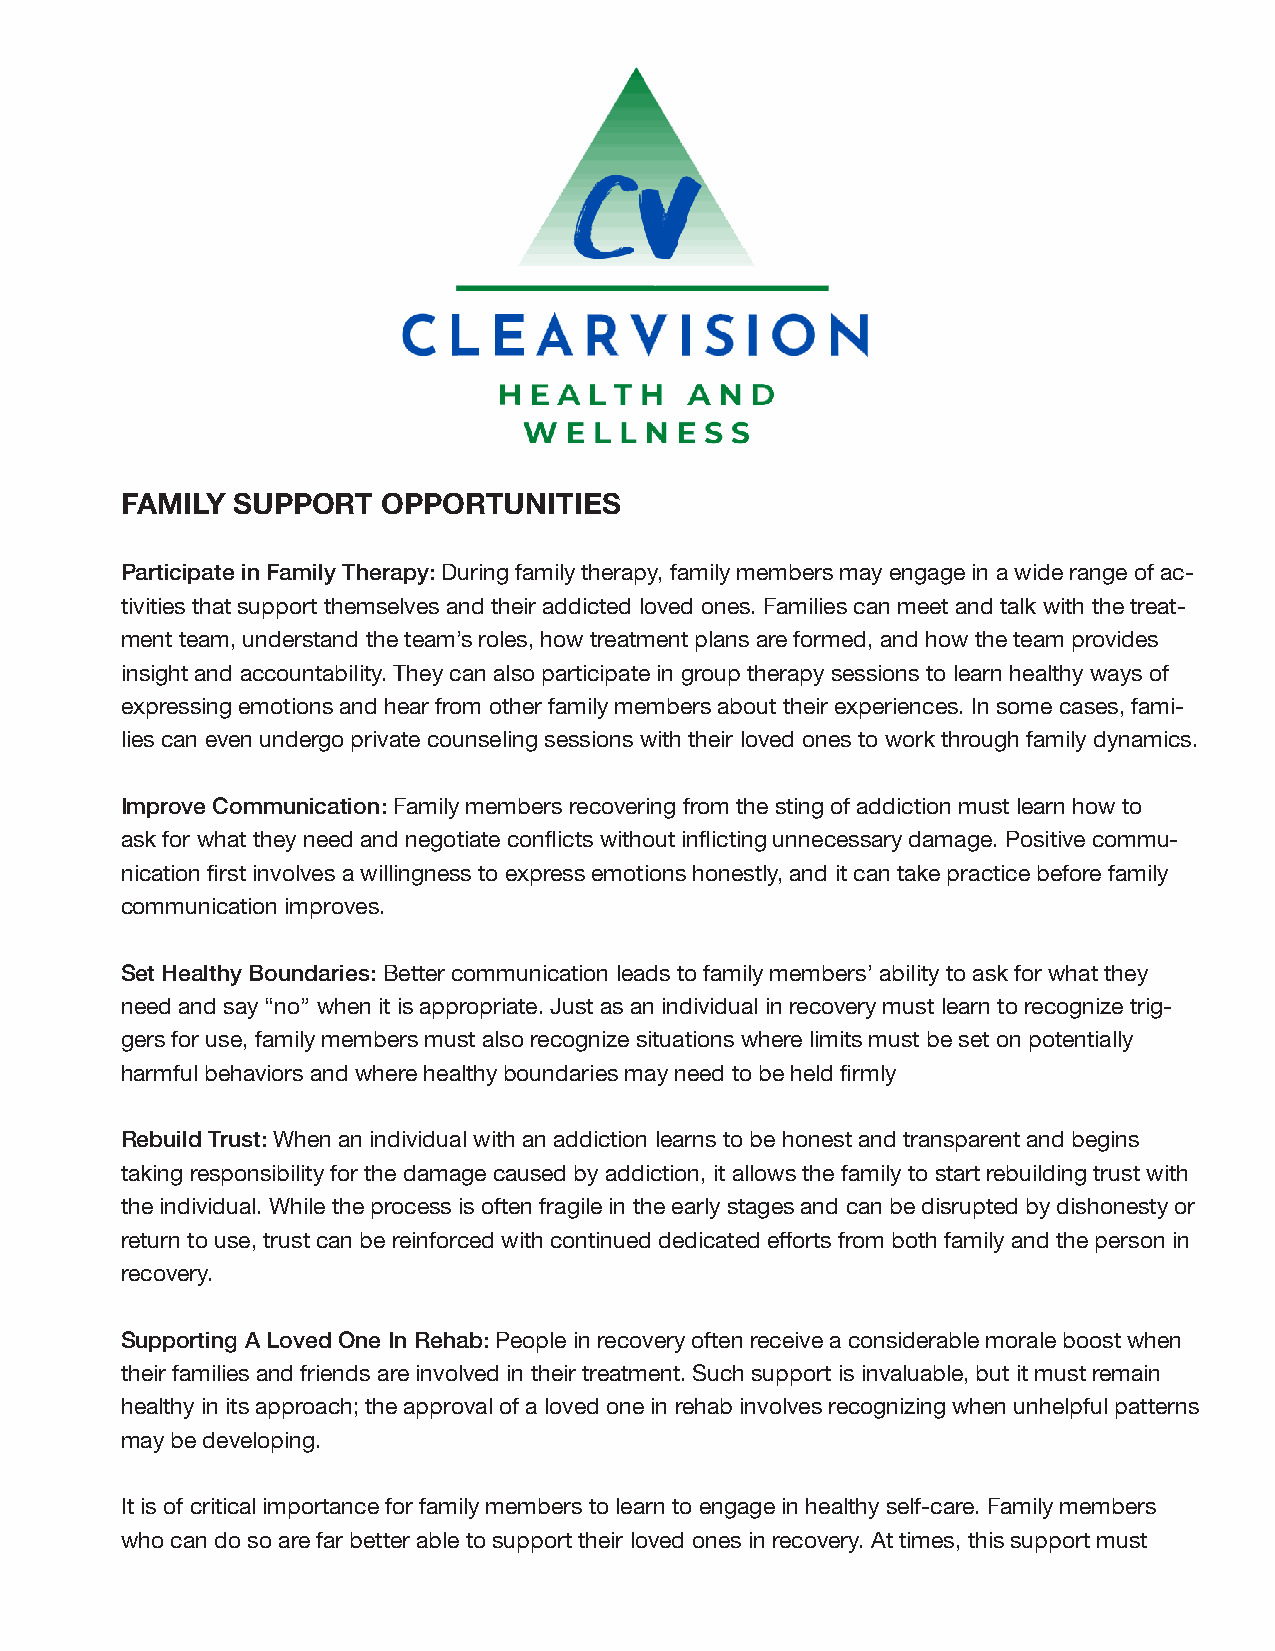
FAMILY SUPPORT   OPPORTUNITIES
 Participate in Family Therapy: During family therapy, family members may engage in a wide range of ac-
 tivities that support themselves and their addicted loved ones. Families can meet and talk with the treat-
 ment team, understand the team’s roles, how treatment plans are formed, and how the team provides
 insight and accountability. They can also participate in group therapy sessions to learn healthy ways of
 expressing emotions and hear from other family members about their experiences. In some cases, fami-
 lies can even undergo private counseling sessions with their loved ones to work through family dynamics.
 Improve Communication: Family members recovering from the sting of addiction must learn how to
 ask for what they need and negotiate conflicts without inflicting unnecessary damage. Positive commu-
 nication first involves a willingness to express emotions honestly, and it can take practice before family
 communication improves.
 Set Healthy Boundaries: Better communication leads to family members’ ability to ask for what they
 need and say “no” when it is appropriate. Just as an individual in recovery must learn to recognize trig-
 gers for use, family members must also recognize situations where limits must be set on potentially
 harmful behaviors and where healthy boundaries may need to be held firmly
 Rebuild Trust: When an individual with an addiction learns to be honest and transparent and begins
 taking responsibility for the damage caused by addiction, it allows the family to start rebuilding trust with
 the individual. While the process is often fragile in the early stages and can be disrupted by dishonesty or
 return to use, trust can be reinforced with continued dedicated efforts from both family and the person in
 recovery.
 Supporting A Loved One In Rehab: People in recovery often receive a considerable morale boost when
 their families and friends are involved in their treatment. Such support is invaluable, but it must remain
 healthy in its approach; the approval of a loved one in rehab involves recognizing when unhelpful patterns
 may be developing.
 It is of critical importance for family members to learn to engage in healthy self-care. Family members
 who can do so are far better able to support their loved ones in recovery. At times, this support must